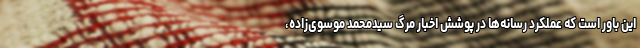
این باور است که عملکرد رسانه‌ها در پوشش اخبار مرگ سیدمحمد موسوی‌زاده،